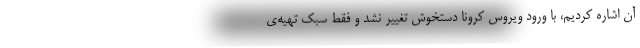
آن اشاره کردیم، با ورود ویروس کرونا دستخوش تغییر نشد و فقط سبک تهیه‌ی